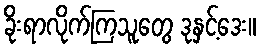
ခိုးရာလိုက်ကြသူတွေ ဒုနှင့်ဒေး။